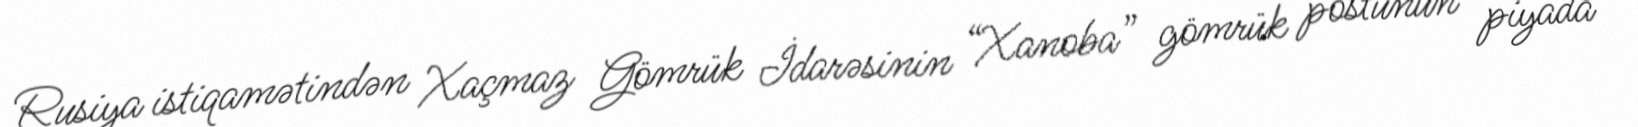
Rusiya istiqamətindən Xaçmaz Gömrük İdarəsinin “Xanoba” gömrük postunun piyada